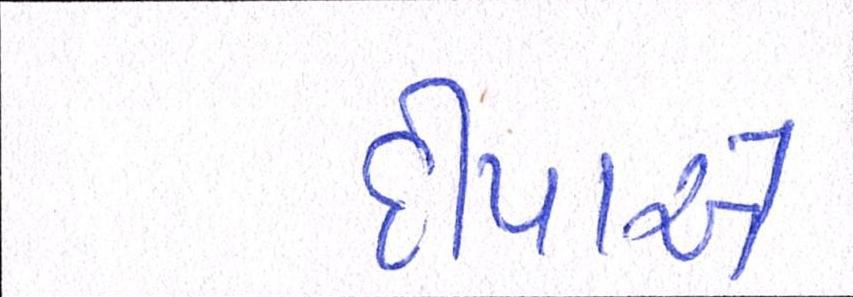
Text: દીપાએ